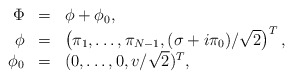
\begin{align*}\begin{array}{rcl}\Phi&=&\phi+\phi_0,\\\phi&=&\left(\pi_1,\dots,\pi_{N-1},(\sigma+i\pi_0)/\sqrt{2}\right)^T,\\\phi_0&=&(0,\dots,0,v/\sqrt{2})^T,\end{array}\end{align*}